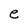
Character: e